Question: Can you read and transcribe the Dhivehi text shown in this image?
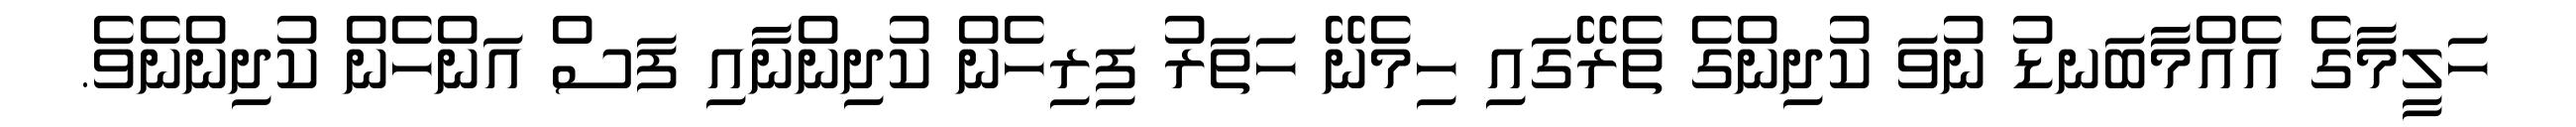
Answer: ހަލީމާގެ އެއްމާބަނޑު ނުވަ ކުދިންގެ ތެރޭގައި ހިމެނޭ ހަތަރު ފިރިހެން ކުދިންނާއި ފަސް އަންހެން ކުދިންނެވެ.